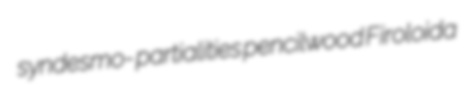
syndesmo- partialities pencilwood Firoloida